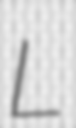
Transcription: L